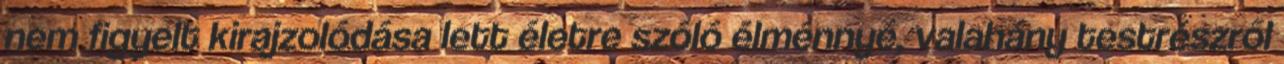
nem figyelt kirajzolódása lett életre szóló élménnyé, valahány testrészről